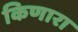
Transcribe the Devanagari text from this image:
किणारा